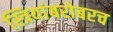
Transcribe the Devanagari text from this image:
स्त्रियांबरोबरच